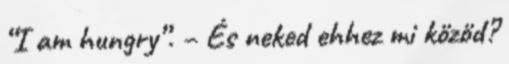
“I am hungry”. – És neked ehhez mi közöd?